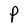
Character: P